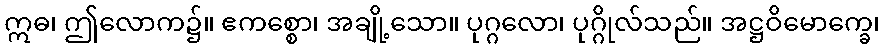
ဣဓ၊ ဤလောက၌။ ဧကစ္စော၊ အချို့သော။ ပုဂ္ဂလော၊ ပုဂ္ဂိုလ်သည်။ အဋ္ဌဝိမောက္ခေ၊